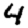
Digit: 4